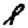
Digit: 8